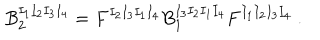
B _ { 2 } ^ { I _ { 1 } I _ { 2 } I _ { 3 } I _ { 4 } } = F ^ { I _ { 2 } I _ { 3 } I _ { 1 } I _ { 4 } } B _ { 1 } ^ { I _ { 3 } I _ { 2 } I _ { 1 } I _ { 4 } } F ^ { I _ { 1 } I _ { 2 } I _ { 3 } I _ { 4 } } \ .